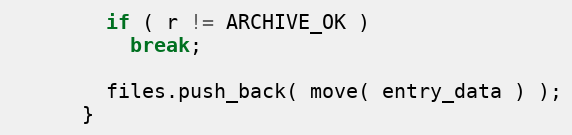
Language: C++
        if ( r != ARCHIVE_OK )
          break;

        files.push_back( move( entry_data ) );
      }